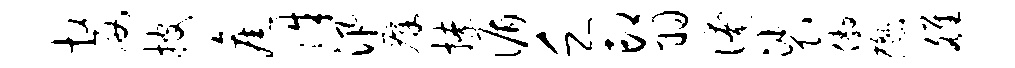
嫠披旧侏汛瘴撩循乏印羽淹裟傲懋雒